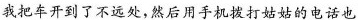
我把车开到了不远处，然后用手机拨打姑姑的电话也